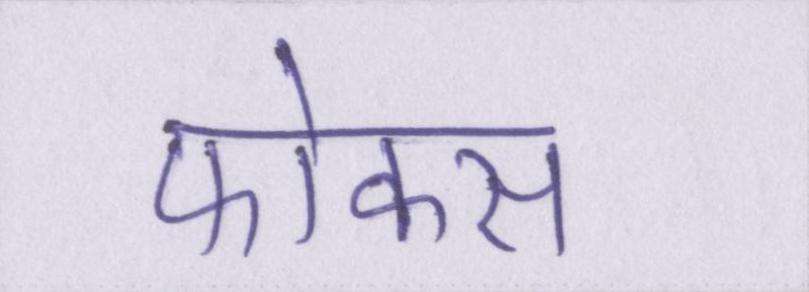
फोकस